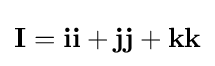
\mathbf {I} =\mathbf {ii} +\mathbf {jj} +\mathbf {kk}